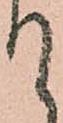
て